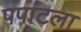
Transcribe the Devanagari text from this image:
पपांटला